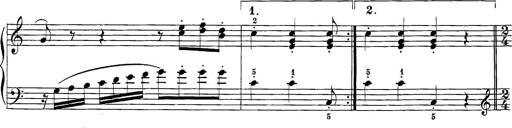
Title: 12 Sonatine per Pianoforte
Composer: Friedrich Kuhlau